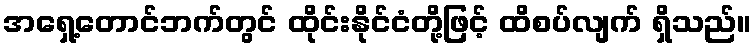
အရှေ့တောင်ဘက်တွင် ထိုင်းနိုင်ငံတို့ဖြင့် ထိစပ်လျက် ရှိသည်။